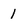
Character: 1